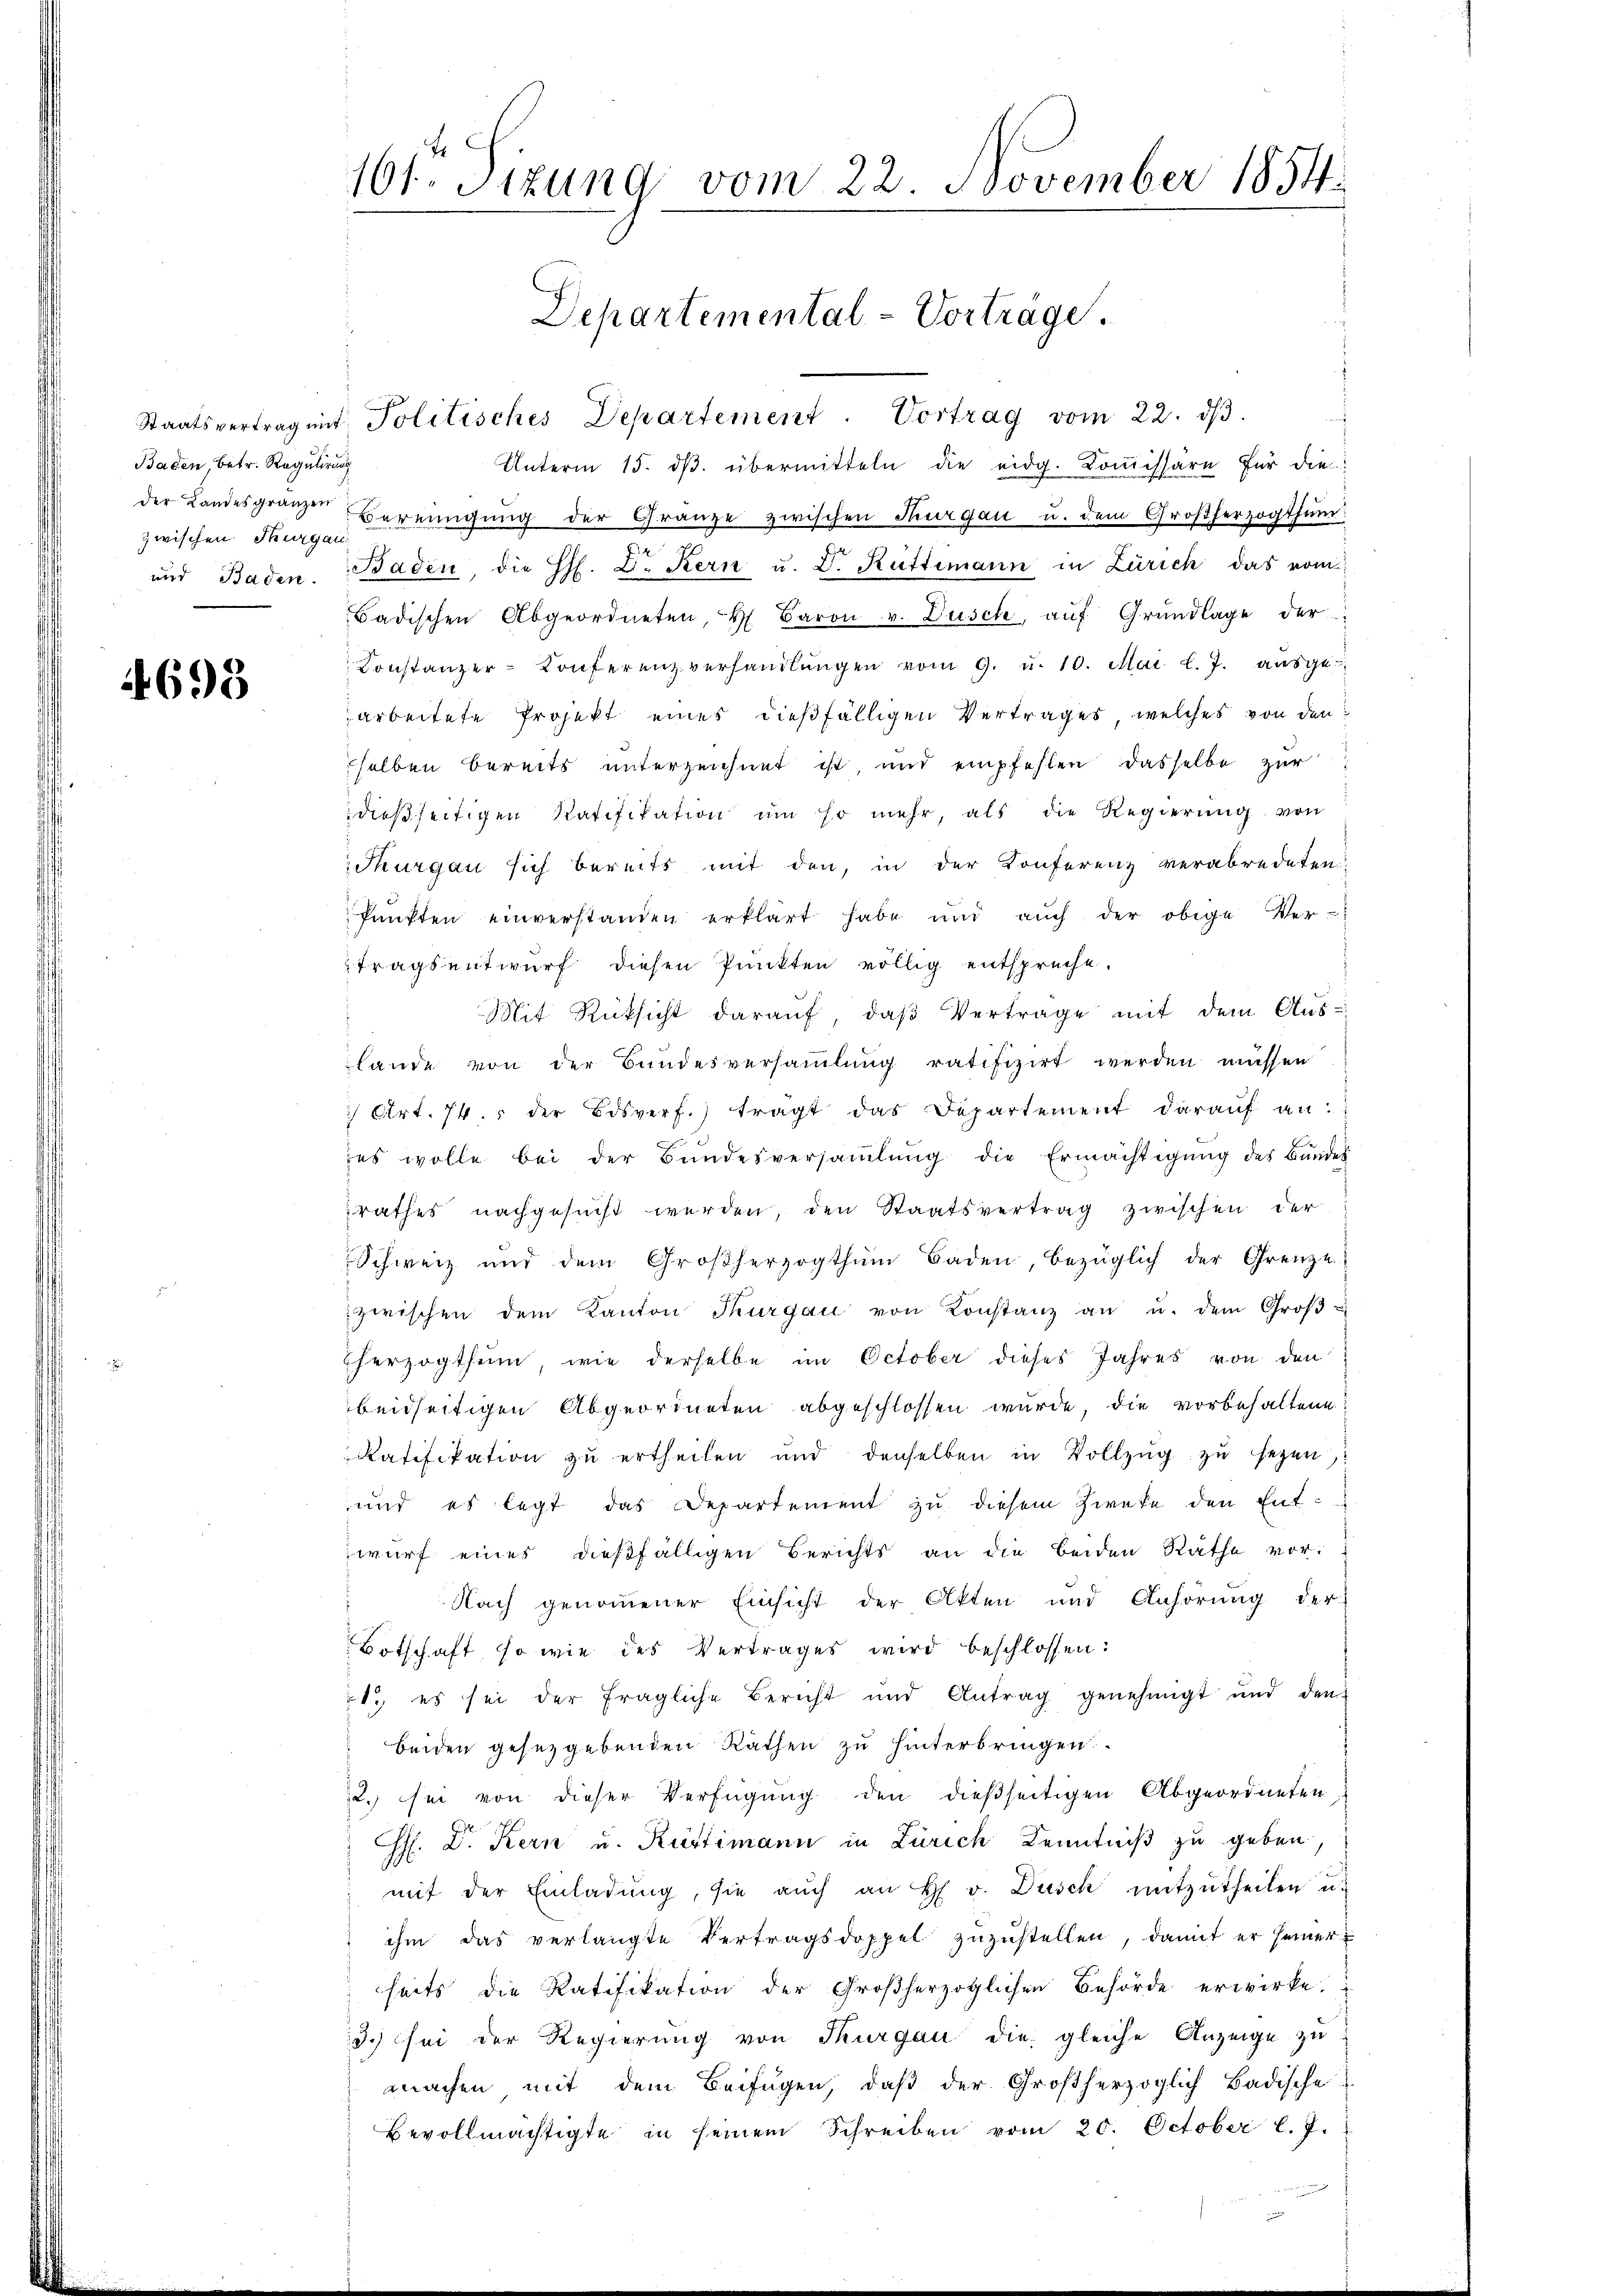
Baden, betr. Regulirung
zwischen Thurgau

4695

161 Sizung vom 22. November 1854

Staatsvertrag mit Politisches Departement. Vortrag vom 22. dβ.
Unterm 15. dβ übermitteln die eidg. Kommissäre für die
der Landesgränzen Vereinigung der Gränze zwischen Thurgau u. dem Großherzogthum
und Baden. Baden, die H. Dr Kern u. D. Rüttimann in Zürich das vom
Badischen Abgeordneten, H. Baron v. Düsch, aŭf Grŭndlage der
Konstanzer-Konferenzverhandlŭngen vom 9. u. 10. Mai l. J. aŭsge-
arbeitete Projekt eines dießfälligen Vertrages, welches von den
selben bereits unterzeichnet ist, und empfehlen dasselbe zur
dießseitigen Ratifikation um so mehr, als die Regierung von
Thurgau sich bereits mit den, in der Konferenz verabredeten
Pŭnkten einverstanden erklärt habe und aŭch der obige Ver-
tragsentwurf diesen Punkten völlig entspreche.
Mit Rücksicht daraŭf, daβ Vertrage mit dem Aus-
lande von der Bundesversaṁlŭng ratifizirt werden müssen
7 Art. 74. der Bisverf.) tragt das Departement daraŭf an:
es wolle bei der Bŭndesversaṁlŭng die Ermächtigŭng des Bundes
rathes nachgesucht werden, den Staatsvertrag zwischen der
Schweiz und dem Großherzogthum Baden, bezüglich der Grenze
zwischen dem Kanton Thurgau von Konstanz an u. dem Groβ-
Therzogthum, wie derselbe im October dieses Jahres von den
beidseitigen Abgeordneten abgeschlossen wurde, die vorbehaltene
Ratifikation zu ertheilen und denselben in Vollzŭg zŭ sezen,
und es legt das Departement zŭ diesem Zweke den Entwurf eines dießfälligen Berichts an die beiden Räthe vor.
Nach genommener Einsicht der Akten und Anhörung der
Botschaft, so wie des Vertrages wird beschlossen:
1., es sei der fragliche Bericht und Antrag genehmigt und den
beiden gesetzgebenden Räthen zu hinterbringen
2. sei von dieser Verfügung den dießseitigen Abgeordneten
G. D. Kern u. Rustimann in Zürich Kenntniß zu geben,
mit der Einladung, sie auch an H. v. Dusch mitzutheilen u.
ihm das verlangte Vertragsdoppel zuzustellen, damit er seiner
heits die Ratifikation der Großherzoglichen Behörde erwirke,
3.) sei der Regierung von Thurgau die gleiche Anzeige zu
machen mit dem Beifügen, daß der Großherzoglich Badische
Bevollmächtigte in seinem Schreiben vom 20. October l. J.

Departemental-Vorträge.